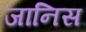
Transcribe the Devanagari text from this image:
जानिस